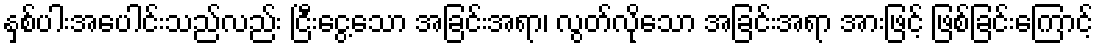
နှစ်ပါးအပေါင်းသည်လည်း ငြီးငွေ့သော အခြင်းအရာ၊ လွတ်လိုသော အခြင်းအရာ အားဖြင့် ဖြစ်ခြင်းကြောင့်